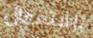
بإستعمال